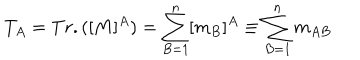
LaTeX: T _ { A } = T r . ( [ M ] ^ { A } ) = \sum _ { B = 1 } ^ { n } [ m _ { B } ] ^ { A } \equiv \sum _ { B = 1 } ^ { n } m _ { A B }